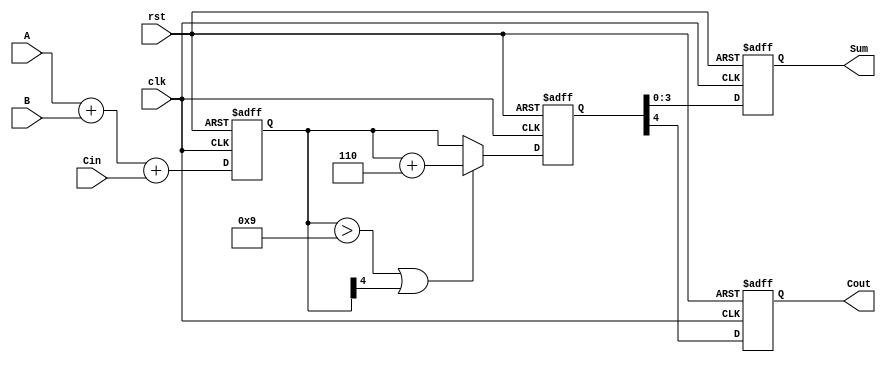
module BCD_Pipelined_Adder (
    input wire [3:0] A,       // BCD input A
    input wire [3:0] B,       // BCD input B
    input wire Cin,           // Carry input
    input wire clk,           // Clock signal
    input wire rst,           // Reset signal
    output reg [3:0] Sum,     // Corrected BCD output
    output reg Cout           // Carry output
);

    // Intermediate signals
    reg [4:0] sum_stage1;     // Sum after stage 1
    reg [4:0] corrected_sum;   // Corrected sum after stage 2
    reg correction_needed;      // Flag for correction

    // Stage 1: BCD Addition
    always @(posedge clk or posedge rst) begin
        if (rst) begin
            sum_stage1 <= 5'b0;
        end else begin
            sum_stage1 <= A + B + Cin; // Perform addition
        end
    end

    // Stage 2: BCD Correction Logic
    always @(posedge clk or posedge rst) begin
        if (rst) begin
            corrected_sum <= 5'b0;
            Sum <= 4'b0;
            Cout <= 0;
        end else begin
            // Check for correction
            correction_needed = (sum_stage1 > 9) || (sum_stage1[4] == 1'b1);
            if (correction_needed) begin
                corrected_sum <= sum_stage1 + 5'b0110; // Add correction factor 6
            end else begin
                corrected_sum <= sum_stage1; // No correction needed
            end
            
            // Output the corrected sum and carry out
            Sum <= corrected_sum[3:0]; // 4-bit BCD result
            Cout <= corrected_sum[4];   // Carry out
        end
    end

endmodule